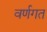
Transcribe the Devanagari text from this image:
वर्णगत